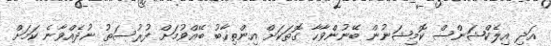
އަދި އިލެކްޝަންސް ކޮމިޝަނުން ބޭނުންވާހާ ގޮތަކަށް އިންތިހާބު ބޭއްވުމަށް ފުރުސަތު ނުދެއްވާނެ ކަމަށް